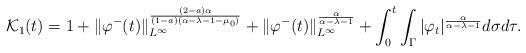
LaTeX: \begin{align*}\mathcal{K}_1(t)&= 1+\|\varphi^-(t)\|_{L^\infty}^\frac{(2-a)\alpha}{(1-a)(\alpha-\lambda-1-\mu_0)}+ \|\varphi^-(t)\|_{L^\infty}^\frac\alpha{\alpha-\lambda-1}+ \int_0^t\int_\Gamma |\varphi_t|^{\frac{\alpha}{\alpha-\lambda-1}}d\sigma d\tau.\end{align*}